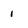
Character: i